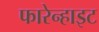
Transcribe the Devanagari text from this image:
फारेन्हाइट